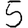
Digit: 5